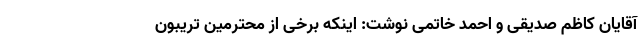
آقایان کاظم صدیقی و احمد خاتمی نوشت: اینکه برخی از محترمینِ تریبون